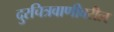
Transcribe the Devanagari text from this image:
दुरचित्रवाणीवरील